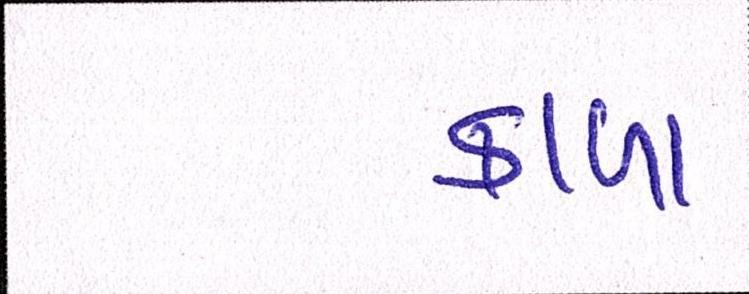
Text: કાળાં